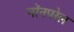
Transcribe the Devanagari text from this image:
नॉनपरेल